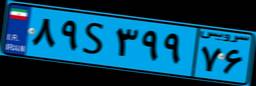
۷۲S۴۱۸۹۶